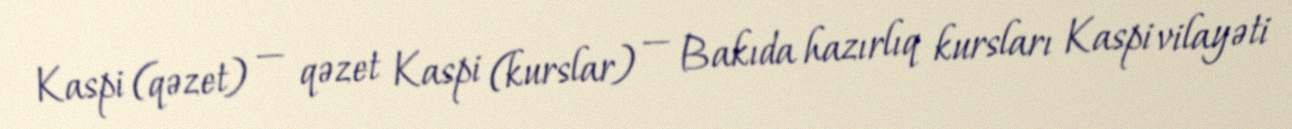
Kaspi (qəzet) — qəzet Kaspi (kurslar) — Bakıda hazırlıq kursları Kaspi vilayəti